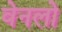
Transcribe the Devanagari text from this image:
वेनलो